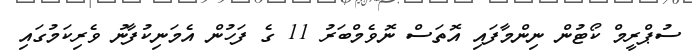
ސުޕްރީމް ކޯޓުން ނިންމާފައި އޮތަސް ނޮވެމްބަރު 11 ގެ ފަހުން އެމަނިކުފާނު ވެރިކަމުގައި